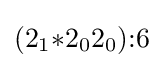
(2_{1}{*}2_{0}2_{0}){:}6